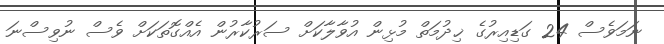
ނަމަވެސް 24 ގަޑިއިރުގެ ޚިދުމަތް މުޅިން އުވާލާކަށް ސަރުކާރުން އެއްގޮތަކަށް ވެސް ނުވިސްނަ